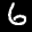
Label: 6